Eesti_Rahvusfond, lk 17
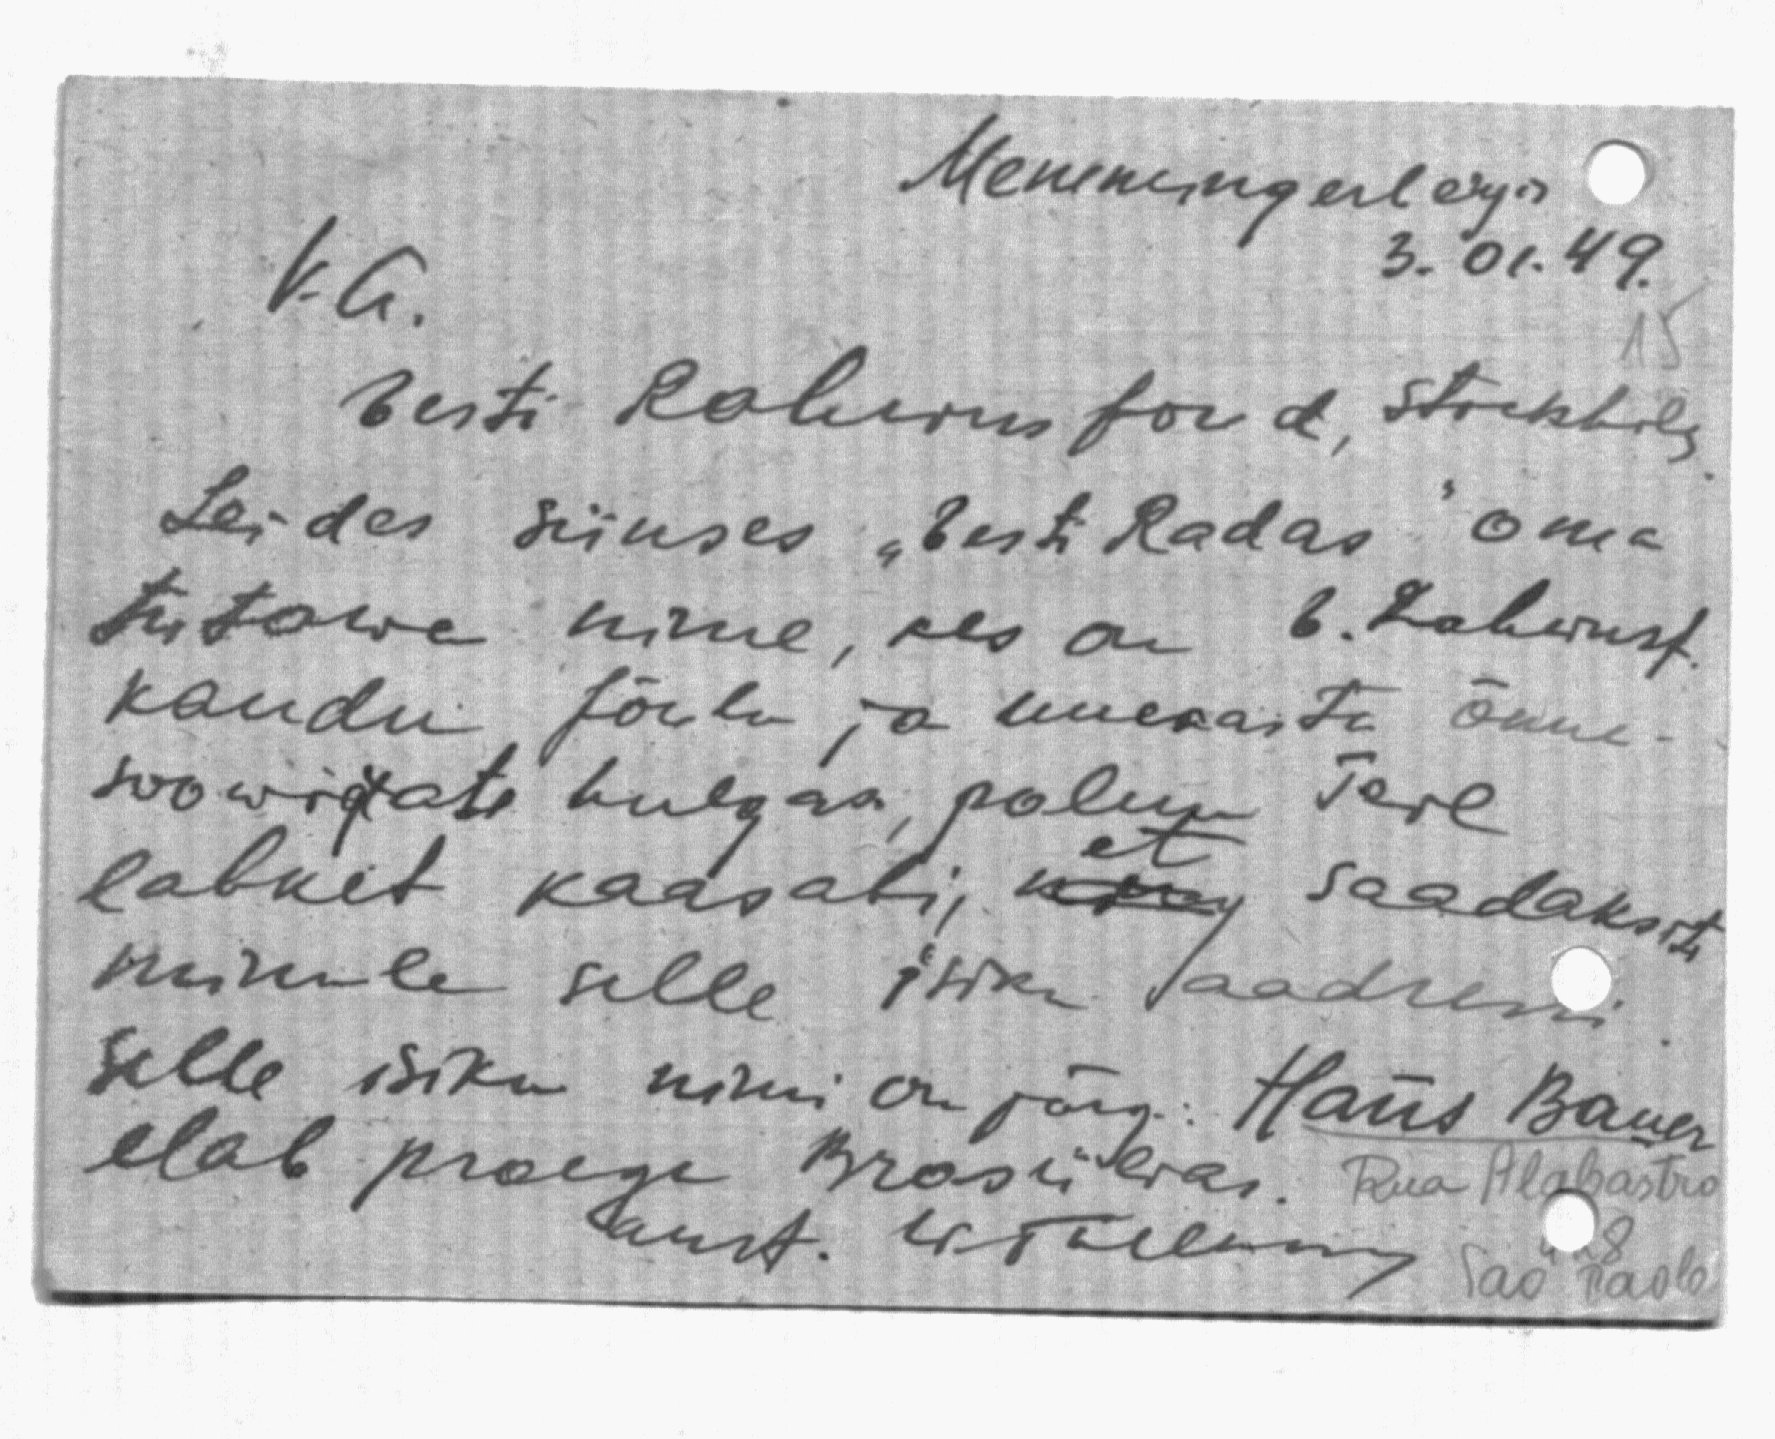
Memmingerlegi
3. 01. 49.
V.a.
Eesti Rahwusfond, Stokholm
Leides siinses "Eesti Radas" oma
tutawa nime, kes on E. Rahwusf.
kaudu Jõulu ja uueaasta õnne-
soowijate hulgas, palun Teie
et
lahket kaasabi, ning saadaksite
minule selle isiku aadressi
selle isiku nimi on järg: Hans Bauer
elab praegu Brasiilias. Rua Alabastro
aust. HToelening Sao Paolo